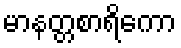
မာနတ္တစာရိကော